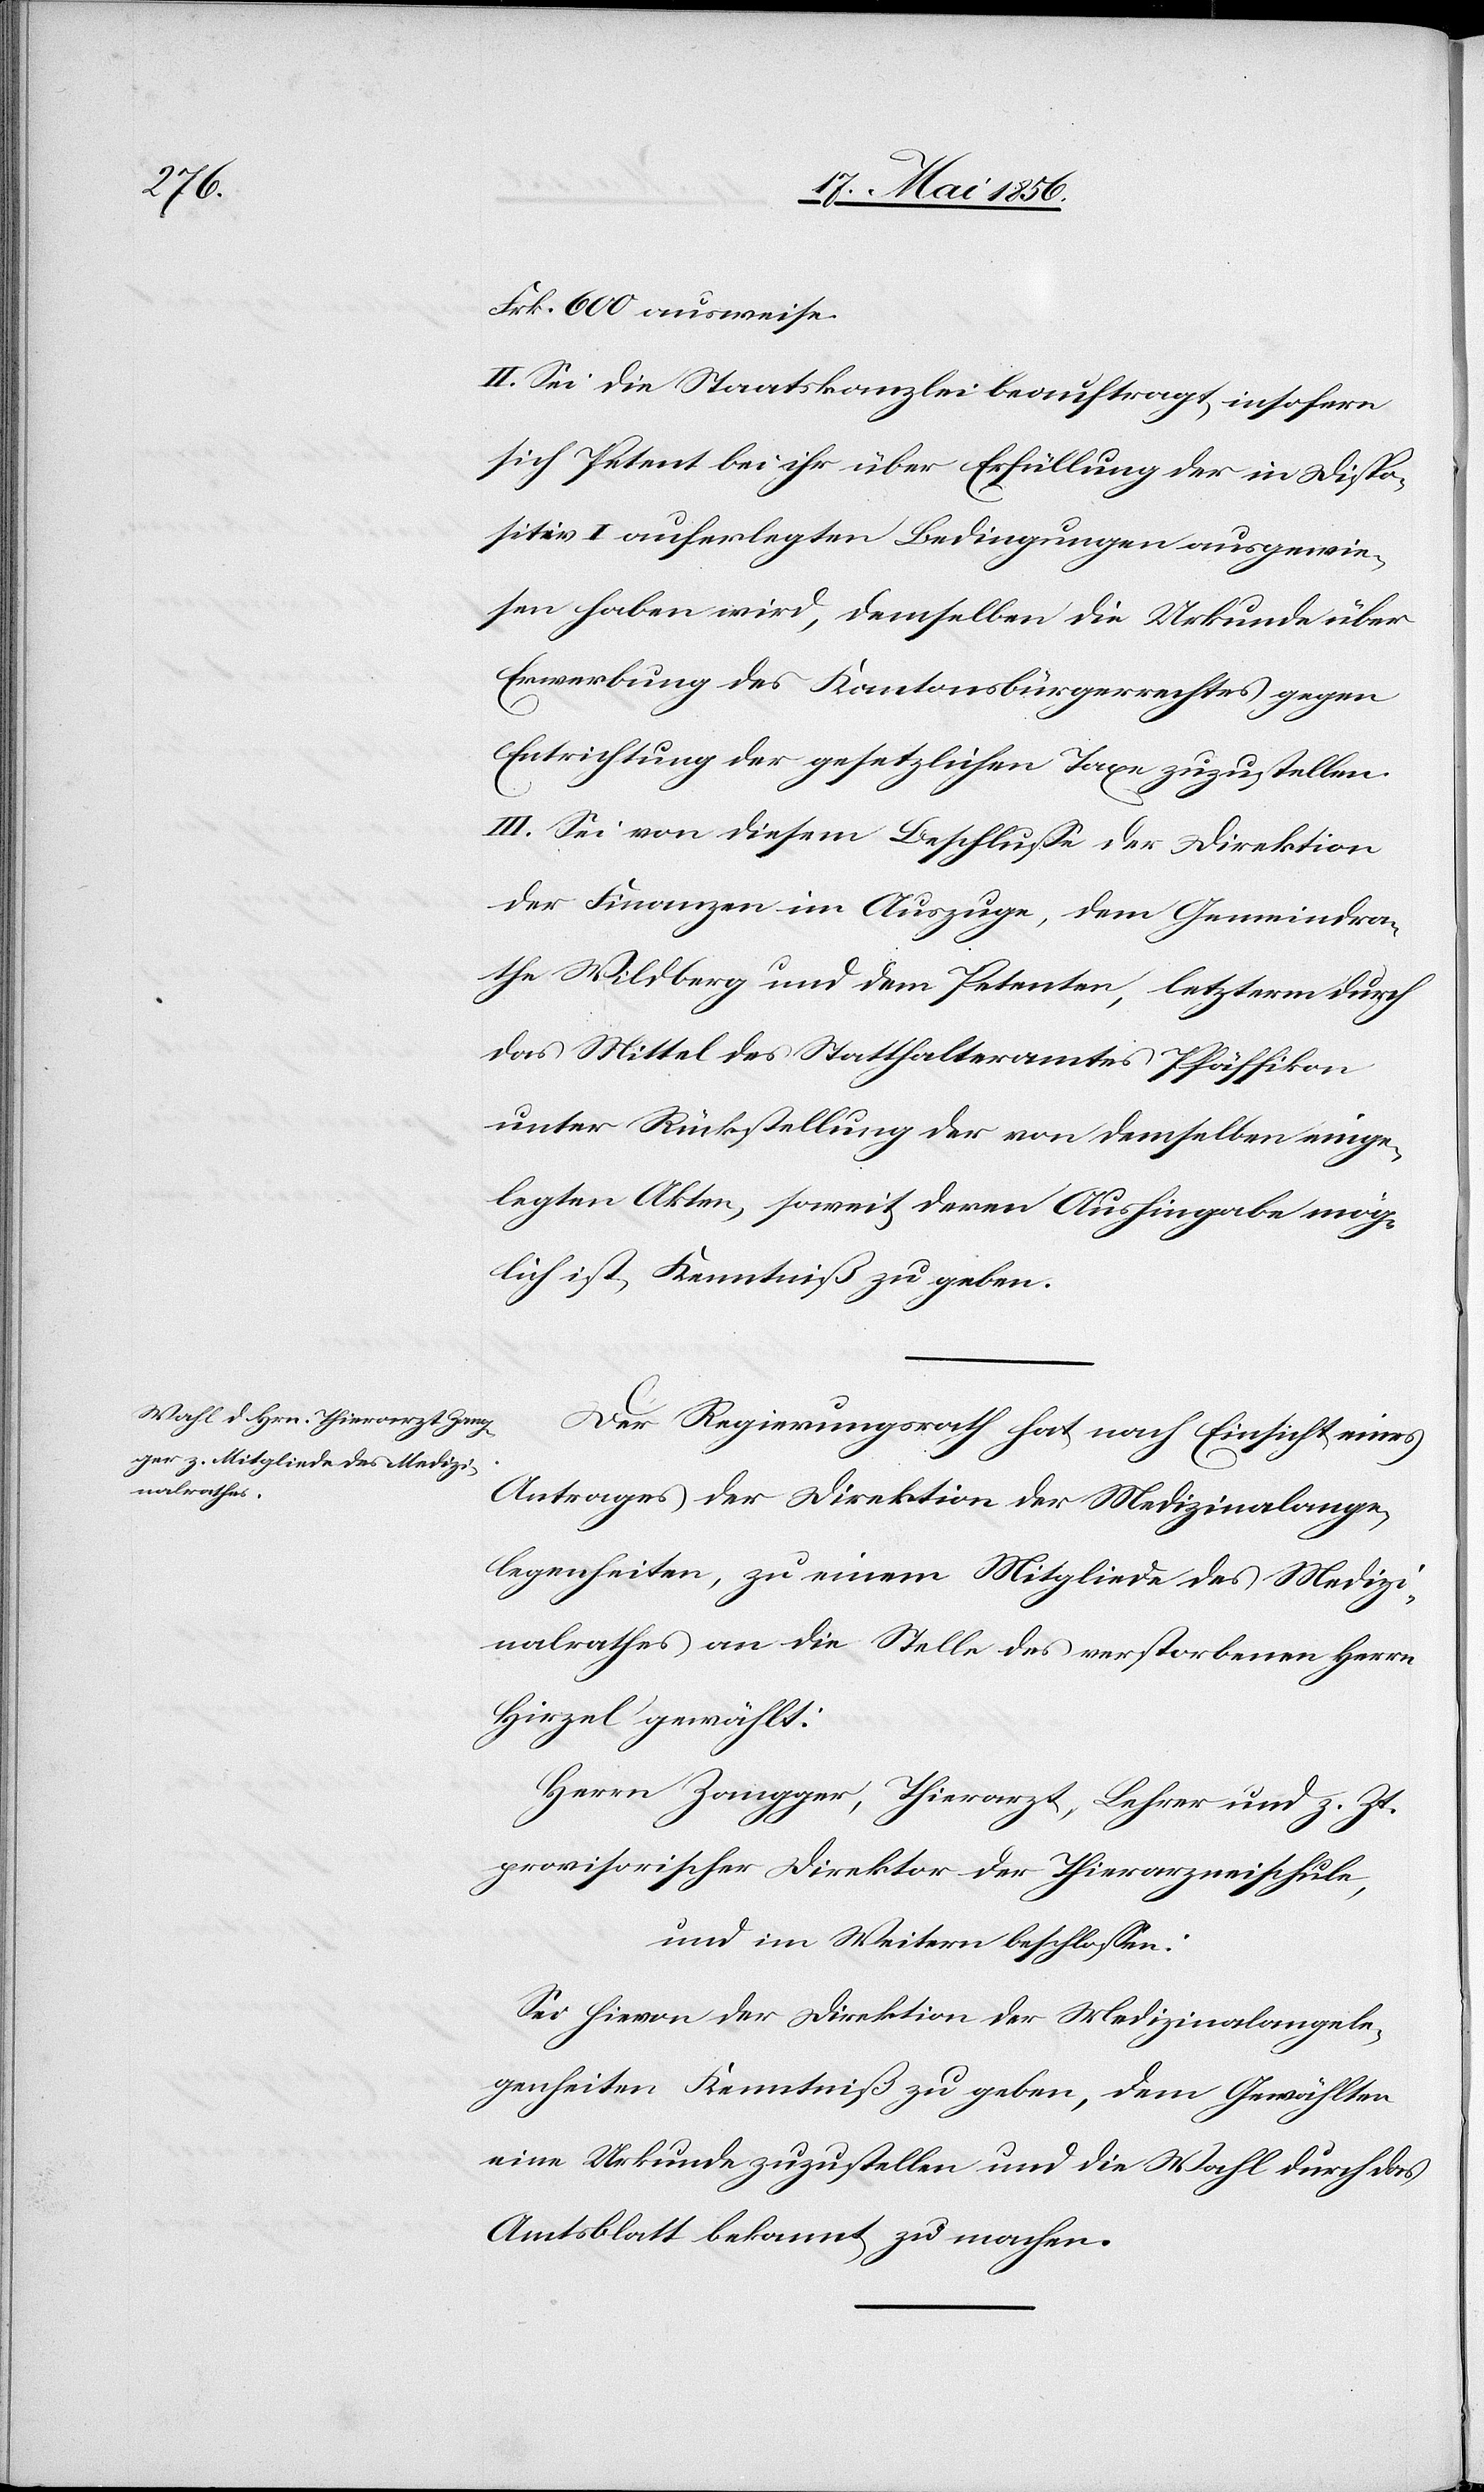
Frk. 600 ausweise.
II. Sei die Staatskanzlei beauftragt, insofern
sich Petent bei ihr über Erfüllung der in Dispo¬
sitiv I auferlegten Bedingungen ausgewie¬
sen haben wird, demselben die Urkunde über
Erwerbung des Kantonsbürgerrechtes gegen
Entrichtung der gesetzlichen Taxe zuzustellen.
III. Sei von diesem Beschlusse der Direktion
der Finanzen im Auszuge, dem Gemeindra¬
the Wildberg und dem Petenten, letzterm durch
das Mittel des Statthalteramtes Pfäffikon
unter Rückstellung der von demselben einge¬
legten Akten, soweit deren Aushingabe mög¬
lich ist, Kenntniß zu geben.
Der Regierungsrath hat nach Einsicht eines
Antrages der Direktion der Medizinalange¬
legenheiten, zu einem Mitgliede des Medizi¬
nalrathes an die Stelle des verstorbenen Herrn
Hirzel gewählt:
Herrn Zangger, Thierarzt, Lehrer und z. Zt.
provisorischer Direktor der Thierarzneischule,
und im Weitern beschlossen:
Sei hievon der Direktion der Medizinalangele¬
genheiten Kenntniß zu geben, dem Gewählten
eine Urkunde zuzustellen und die Wahl durch das
Amtsblatt bekannt zu machen.